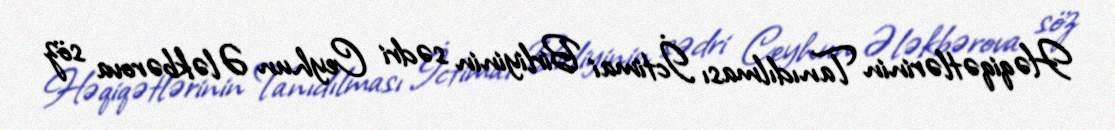
Həqiqətlərinin Tanıdılması İctimai Birliyinin sədri Ceyhun Ələkbərova söz